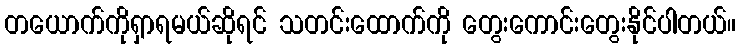
တယောက်ကိုရှာရမယ်ဆိုရင် သတင်းထောက်ကို တွေးကောင်းတွေးနိုင်ပါတယ်။